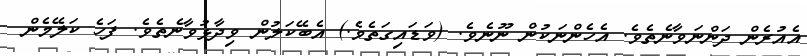
އެއުރެން ދަންނަވާނެތެވެ. އެހެންނަކުން ނޫނެވެ. (ވަޑައިގަތެވެ.) އެބޭކަލުން ވިދާޅުވާނެތެވެ. ފަހެ ކަލޭމެން